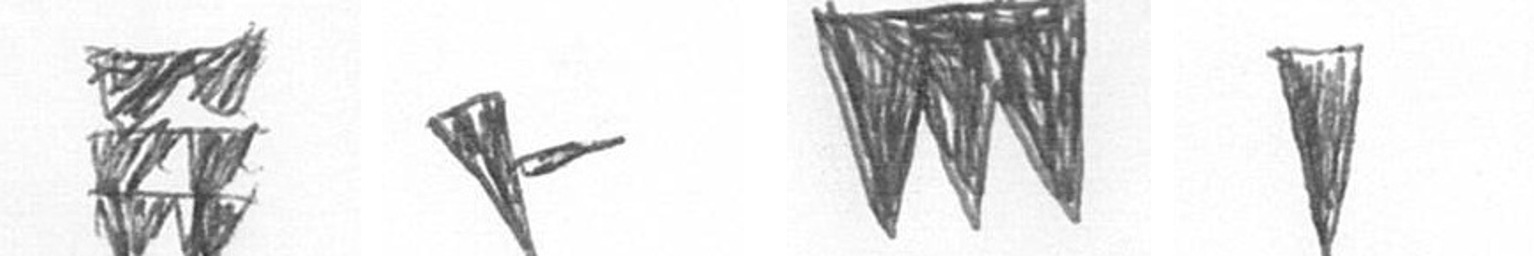
Y F L J